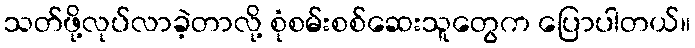
သတ်ဖို့လုပ်လာခဲ့တာလို့ စုံစမ်းစစ်ဆေးသူတွေက ပြောပါတယ်။